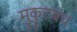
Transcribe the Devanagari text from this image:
मुकुटबंध